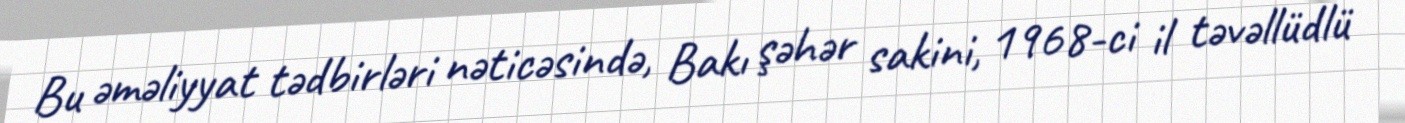
Bu əməliyyat tədbirləri nəticəsində, Bakı şəhər sakini, 1968-ci il təvəllüdlü